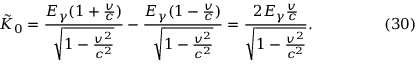
\tilde { K } _ { 0 } = \frac { E _ { \gamma } ( 1 + \frac { v } c ) } { \sqrt { 1 - \frac { v ^ { 2 } } { c ^ { 2 } } } } - \frac { E _ { \gamma } ( 1 - \frac { v } c ) } { \sqrt { 1 - \frac { v ^ { 2 } } { c ^ { 2 } } } } = \frac { 2 E _ { \gamma } \frac { v } c } { \sqrt { 1 - \frac { v ^ { 2 } } { c ^ { 2 } } } } . \eqno ( 3 0 )